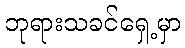
ဘုရားသခင်ရှေ့မှာ